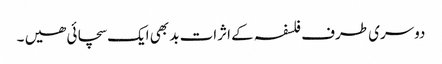
دوسری طرف فلسفہ کے اثرات بد بھی ایک سچائی ھیں ۔